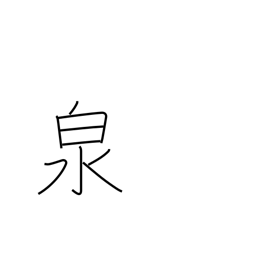
Meaning: fountain